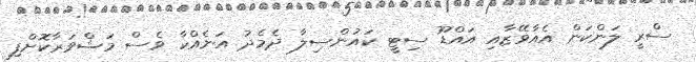
ސްރީ ލަންކަން އެއާވޭޒާއި އައްޑޫ ސިޓީ ކައުންސިލާ ދެމެދު އަނެއްކާ ވެސް މަޝްވަރާކޮށްފި